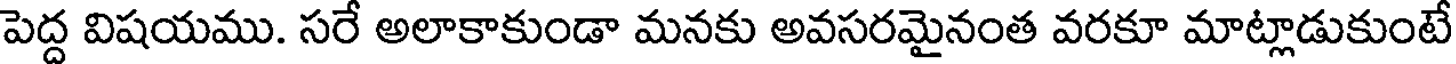
పెద్ద విషయము. సరే అలాకాకుండా మనకు అవసరమైనంత వరకూ మాట్లాడుకుంటే